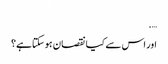
….
اور اس سے کیا نقصان ہوسکتاہے؟